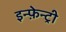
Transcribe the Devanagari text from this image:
इन्फ़ेन्ट्री